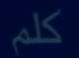
كلم